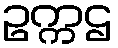
ဥက္ကဌ